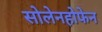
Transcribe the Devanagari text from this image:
सोलेनहोफेन